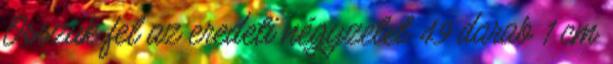
Osszuk fel az eredeti négyzetet 49 darab 1 cm